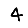
Digit: 4